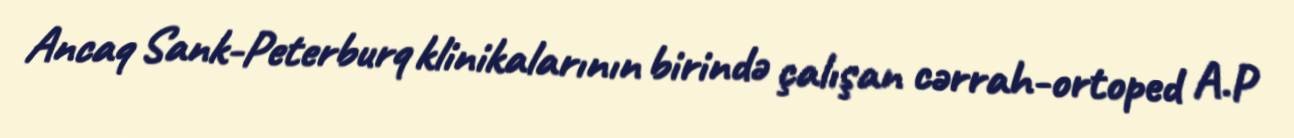
Ancaq Sank-Peterburq klinikalarının birində çalışan cərrah-ortoped A.P